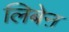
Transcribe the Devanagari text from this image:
लिबेऩ